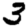
Digit: 3